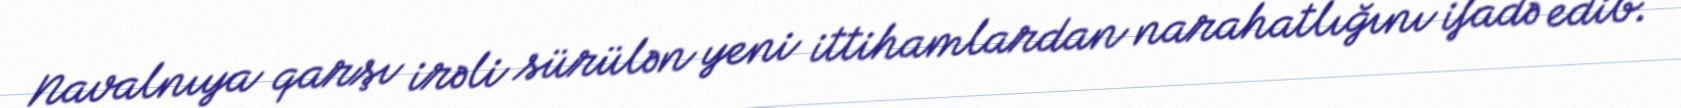
Navalnıya qarşı irəli sürülən yeni ittihamlardan narahatlığını ifadə edib.